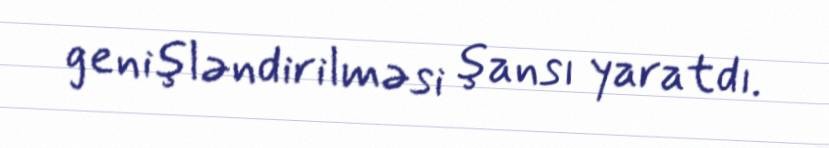
genişləndirilməsi şansı yaratdı.